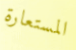
المستعارة